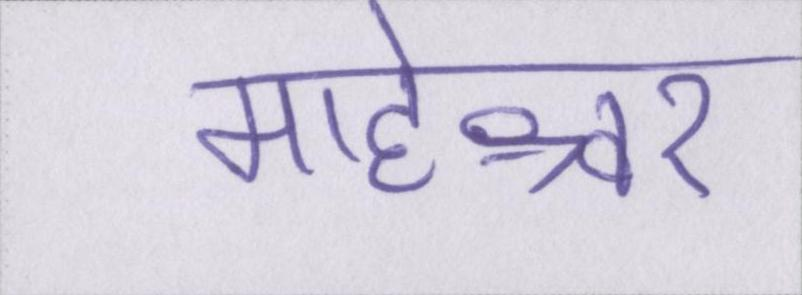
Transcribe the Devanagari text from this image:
माहेश्वर